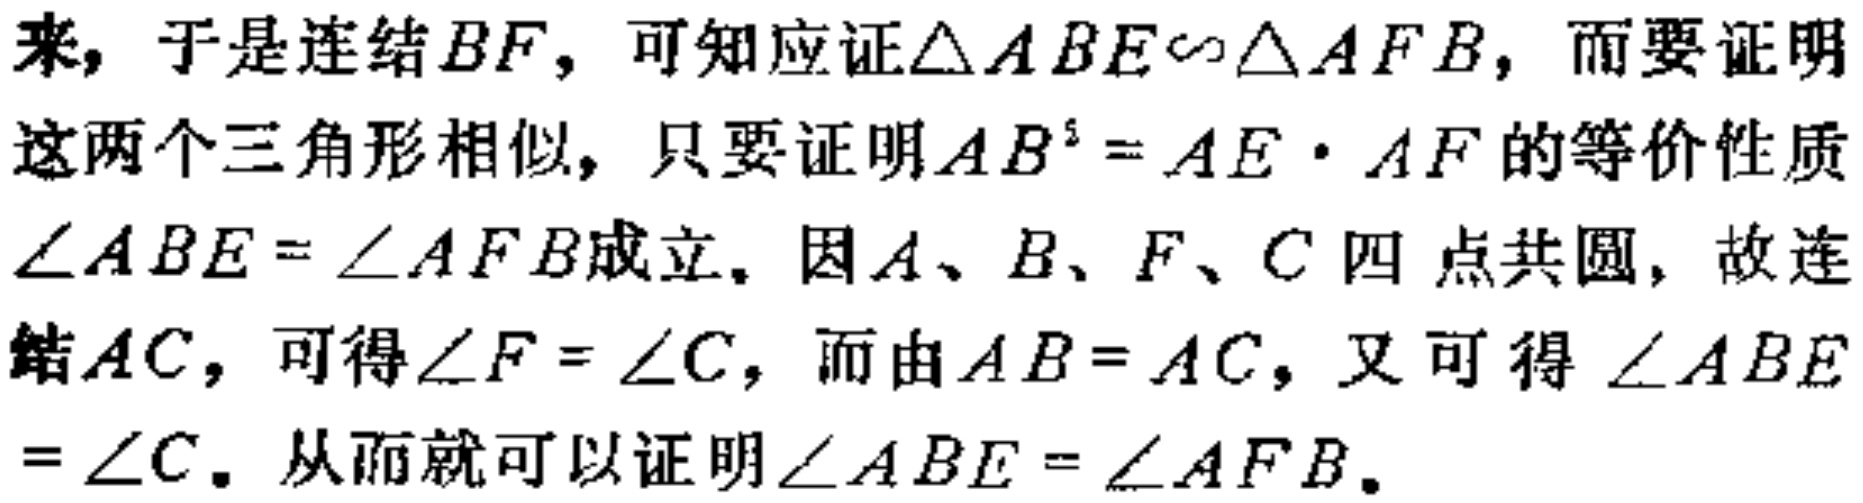
来，于是连结\(BF\)，可知应证\(\triangle ABE\sim\triangle AFB\)，而要证明这两个三角形相似，只要证明\(AB^{2}=AE\cdot AF\)的等价性质\(\angle ABE = \angle AFB\)成立。因\(A、B、F、C\)四点共圆，故连结\(AC\)，可得\(\angle F = \angle C\)，而由\(AB = AC\)，又可得\(\angle ABE=\angle C\)。从而就可以证明\(\angle ABE = \angle AFB\)。